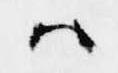
ハ